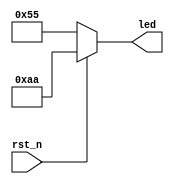
module cu_top(
    input rst_n,
    output[7:0] led,
);

assign led = rst_n ? 8'hAA : 8'h55;
    
endmodule